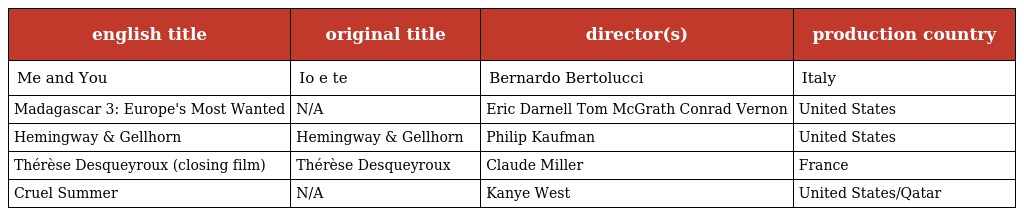
| english title | original title | director(s) | production country |
 | --- | --- | --- | --- |
 | Me and You | Io e te | Bernardo Bertolucci | Italy |
 | Madagascar 3: Europe's Most Wanted | N/A | Eric Darnell Tom McGrath Conrad Vernon | United States |
 | Hemingway & Gellhorn | Hemingway & Gellhorn | Philip Kaufman | United States |
 | Thérèse Desqueyroux (closing film) | Thérèse Desqueyroux | Claude Miller | France |
 | Cruel Summer | N/A | Kanye West | United States/Qatar |